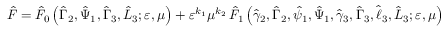
\hat { F } = \hat { F } _ { 0 } \left( \hat { \Gamma } _ { 2 } , \hat { \Psi } _ { 1 } , \hat { \Gamma } _ { 3 } , \hat { L } _ { 3 } ; \varepsilon , \mu \right) + \varepsilon ^ { k _ { 1 } } \mu ^ { k _ { 2 } } \, \hat { F } _ { 1 } \left( \hat { \gamma } _ { 2 } , \hat { \Gamma } _ { 2 } , \hat { \psi } _ { 1 } , \hat { \Psi } _ { 1 } , \hat { \gamma } _ { 3 } , \hat { \Gamma } _ { 3 } , \hat { \ell } _ { 3 } , \hat { L } _ { 3 } ; \varepsilon , \mu \right)